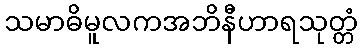
သမာဓိမူလကအဘိနီဟာရသုတ္တံ